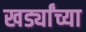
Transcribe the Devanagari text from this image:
खर्ड्यांच्या